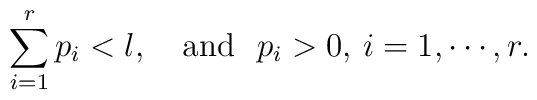
\sum_{i=1}^r p_i < l,\,\,\,\,\,\, {\rm and} \,\,\ p_i >0, \, i=1, \cdots, r.